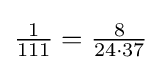
{\tfrac {1}{111}}={\tfrac {8}{24\cdot 37}}